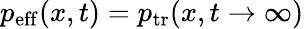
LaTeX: p_{\mathrm{eff}}(x,t)=p_{\mathrm{tr}}(x,t\rightarrow\infty)